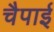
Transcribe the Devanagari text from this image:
चैपाई